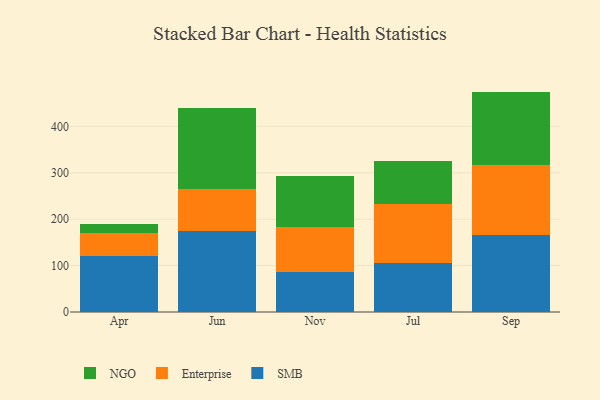
{"axis": {"x": "Month", "y": "Operating Costs (USD K)"}, "legend": ["Enterprise", "NGO", "SMB"], "data": [{"x": "Apr", "y": 120.9, "type": "SMB"}, {"x": "Apr", "y": 49.3, "type": "Enterprise"}, {"x": "Apr", "y": 19.6, "type": "NGO"}, {"x": "Jun", "y": 173.7, "type": "SMB"}, {"x": "Jun", "y": 90.3, "type": "Enterprise"}, {"x": "Jun", "y": 174.5, "type": "NGO"}, {"x": "Nov", "y": 86.9, "type": "SMB"}, {"x": "Nov", "y": 95.6, "type": "Enterprise"}, {"x": "Nov", "y": 109.7, "type": "NGO"}, {"x": "Jul", "y": 105.1, "type": "SMB"}, {"x": "Jul", "y": 128.6, "type": "Enterprise"}, {"x": "Jul", "y": 92.2, "type": "NGO"}, {"x": "Sep", "y": 167.0, "type": "SMB"}, {"x": "Sep", "y": 149.9, "type": "Enterprise"}, {"x": "Sep", "y": 158.0, "type": "NGO"}]}